Vaccination in Bombay 1869-1873 - 1869-1873
Year: 1869
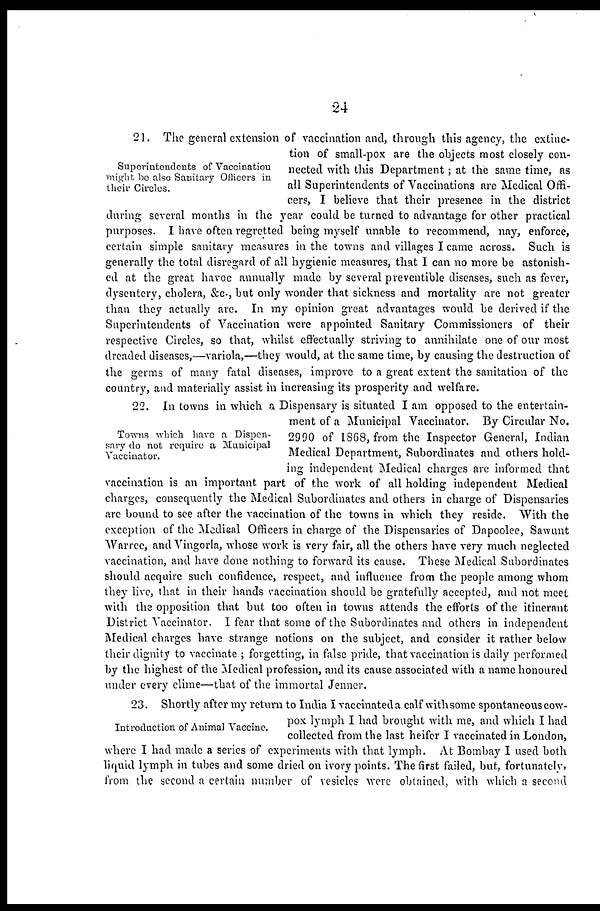
24
Superintendents of Vaccination
might be also Sanitary Officers in
their Circles.
21. The general extension of vaccination and, through this agency, the extinc-
tion of small-pox are the objects most closely con-
nected with this Department; at the same time, as
all Superintendents of Vaccinations are Medical Offi-
cers, I believe that their presence in the district
daring several months in the year could be turned to advantage for other practical
purposes. I have often regretted being myself unable to recommend, nay, enforce,
certain simple sanitary measures in the towns and villages I came across. Such is
generally the total disregard of all hygienic measures, that I can no more be astonish-
ed at the great havoc annually made by several preventible diseases, such as fever,
dysentery, cholera, &c., but only wonder that sickness and mortality are not greater
than they actually are. In my opinion great advantages would be derived if the
Superintendents of Vaccination were appointed Sanitary Commissioners of their
respective Circles, so that, whilst effectually striving to annihilate one of our most
dreaded diseases,—variola,—they would, at the same time, by causing the destruction of
the germs of many fatal diseases, improve to a great extent the sanitation of the
country, and materially assist in increasing its prosperity and welfare.
Towns which have a Dispen-
sary do not require a Municipal
Vaccinator.
22. In towns in which a Dispensary is situated I am opposed to the entertain-
ment of a Municipal Vaccinator. By Circular No.
2990 of 1868, from the Inspector General, Indian
Medical Department, Subordinates and others hold-
ing independent Medical charges are informed that
vaccination is an important part of the work of all holding independent Medical
charges, consequently the Medical Subordinates and others in charge of Dispensaries
are bound to see after the vaccination of the towns in which they reside. With the
exception of the Medical Officers in charge of the Dispensaries of Dapoolee, Sawunt
Warree, and Vingorla, whose work is very fair, all the others have very much neglected
vaccination, and have done nothing to forward its cause. These Medical Subordinates
should acquire such confidence, respect, and influence from the people among whom
they live, that in their hands vaccination should be gratefully accepted, and not meet
with the opposition that but too often in towns attends the efforts of the itinerant
District Vaccinator. I fear that some of the Subordinates and others in independent
Medical charges have strange notions on the subject, and consider it rather below
their dignity to vaccinate ; forgetting, in false pride, that vaccination is daily performed
by the highest of the Medical profession, and its cause associated with a name honoured
under every clime—that of the immortal Jenner.
Introduction of Animal Vaccine.
23. Shortly after my return to India I vaccinated a calf with some spontaneous cow-
pox lymph I had brought with me, and which I had
collected from the last heifer I vaccinated in London,
where I had made a series of experiments with that lymph. At Bombay I used both
liquid lymph in tubes and some dried on ivory points. The first failed, but, fortunately,
from the second a certain number of vesicles were obtained, with which a second